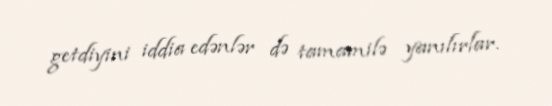
getdiyini iddia edənlər də tamamilə yanılırlar.